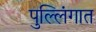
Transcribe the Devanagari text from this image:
पुल्लिंगात